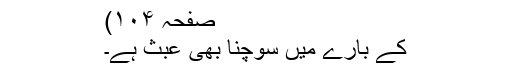
صفحہ ۱۰۴)
کے بارے میں سوچنا بھی عبث ہے۔